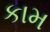
કામ